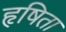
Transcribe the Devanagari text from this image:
हृषिता